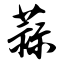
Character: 蒜